Annual report of the Civil Veterinary Department, Bengal, and of the Bengal Veterinary College for the year 1904-1905 - 1904-1905
Year: 1904
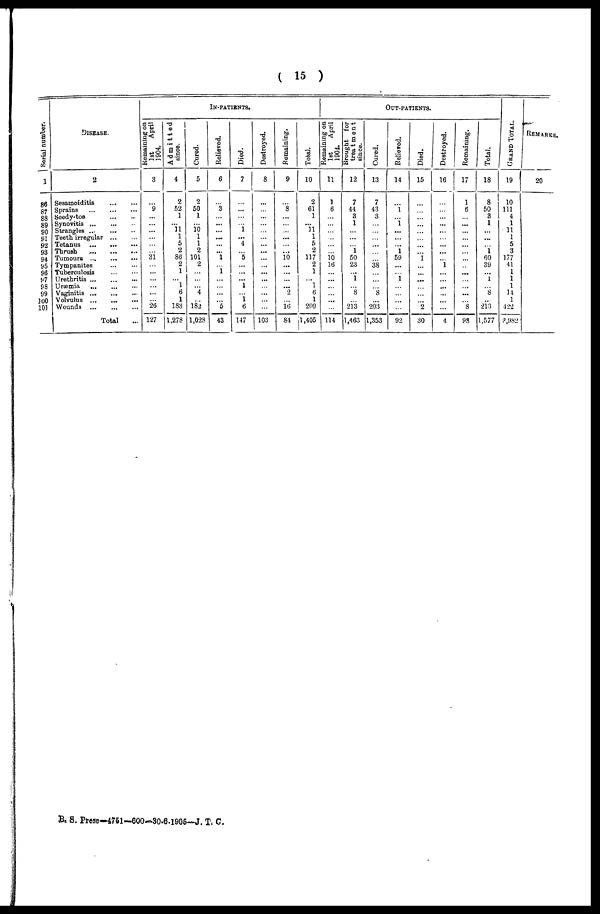
(
15
)
Serial number.
1
86
87
88
89
90
91
92
93
94
95
96
97
98
99
100
101
DISEASE.
2
Sesamoiditis ... ...
Sprains
...
...
...
Seedy-toe
...
...
Synovitis
...
...
...
Strangles
...
...
...
Teeth irregular
...
...
Tetanus
...
...
...
Thrush ... ... ...
Tumours
...
...
...
Tympanites
...
...
Tuberculosis ... ...
Urethritis ... ... ...
Uræmia ... ... ...
Vaginitis
...
...
...
Volvulus
...
...
...
Wounds
...
...
...
Total ...
Remaining on
1st
April
1904.
3
...
9
...
...
...
...
...
...
31
...
...
...
...
...
...
26
127
Admitted
since.
4
2
52
1
...
11 1
5
2
86
2
1
...
1
6
1
183
1,278
Cured.
5
2
50
1
...
10 1
1
2
101
2
...
...
...
4
...
182
1,028
IN-PATIENTS.
Relieved.
6
...
3
...
...
...
...
...
...
1
...
1
...
...
...
...
5
43
Died.
7
...
...
...
...
1
...
4
...
5
...
...
...
1
...
1
6
147
Destroyed.
8
...
...
...
...
...
...
...
...
...
...
...
...
...
...
...
...
103
Remaining.
9
...
8
...
...
...
...
...
...
10
...
...
...
...
2
...
16
84
Total.
10
2
61
1
...
11 1
5
2
117
2
1
...
1
6
1
209
1,405
Remaining on
1st
April
1904.
11
1
6
...
...
...
...
...
...
10
16
...
...
...
...
...
...
114
Brought for
treatment
since.
12
7
44
3
1
...
...
...
1
50
23
...
1
...
8
...
213
1,463
OUT-PATIENTS.
Cured,
13
7
43
3
...
...
...
...
...
...
38
...
...
...
8
...
203
1,353
Relieved.
14
...
1
...
1
...
...
...
1
59
...
...
1
...
...
...
...
92
Died.
15
...
...
...
...
...
...
...
...
1
...
...
...
...
...
...
2
30
Destroyed.
16
...
...
...
...
...
...
...
...
...
1
...
...
...
...
...
...
4
Remaining.
17
1
6
...
...
...
...
...
...
...
..
...
...
...
...
...
3
98
Total.
18
8
50
3
1
...
...
...
1
60
39
...
1
...
8
...
213
1,577
GRAND TOTAL.
19
10
111
4
1
11
1
5
3
177
41
1
1
1
14
1
422
2,982
REMARKS.
20
B. S. Press—4751—600-30-6-1905—J. T. C.